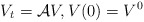
\begin{align*}V_{t} = \mathcal{A} V, V(0) = V^{0} \end{align*}